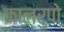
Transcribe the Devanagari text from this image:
कालरुपो